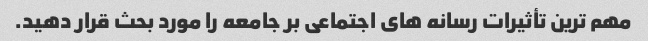
مهم ترین تأثیرات رسانه های اجتماعی بر جامعه را مورد بحث قرار دهید.